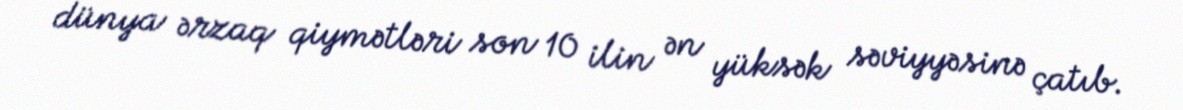
dünya ərzaq qiymətləri son 10 ilin ən yüksək səviyyəsinə çatıb.